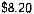
$8.20